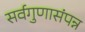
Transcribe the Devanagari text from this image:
सर्वगुणासंपन्न